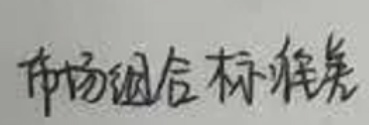
市场组合标准券